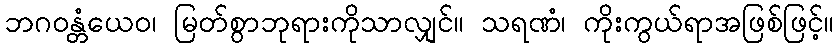
ဘဂဝန္တံယေဝ၊ မြတ်စွာဘုရားကိုသာလျှင်။ သရဏံ၊ ကိုးကွယ်ရာအဖြစ်ဖြင့်။